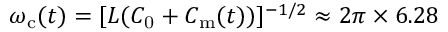
\omega _ { \mathrm { c } } ( t ) = [ L ( C _ { \mathrm { 0 } } + C _ { \mathrm { m } } ( t ) ) ] ^ { - 1 / 2 } \approx 2 \pi \times 6 . 2 8